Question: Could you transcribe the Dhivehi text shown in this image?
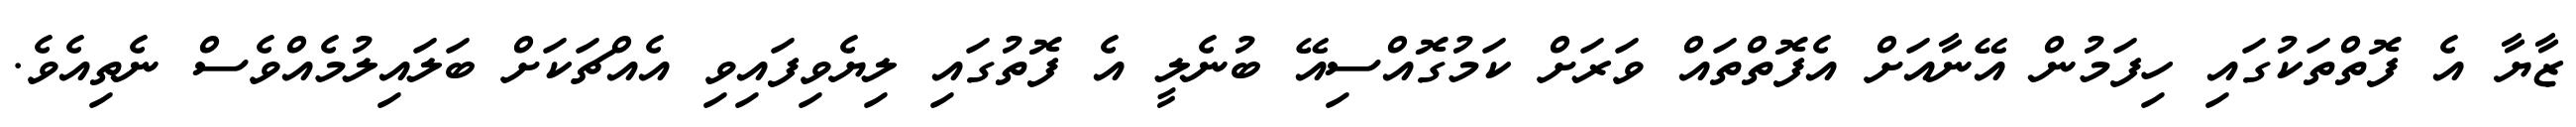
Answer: ޒާޔާ އެ ފޮތްތަކުގައި ހިފަމުން އޭނާއަށް އެފޮތްތައް ވަރަށް ކަމުގޮއްސިއޭ ބުނެލީ އެ ފޮތުގައި ލިޔެވިފައިވި އެއްޗަކަށް ބަލައިލުމެއްވެސް ނެތިއެވެ.